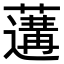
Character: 𦾼